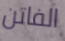
الفاتن